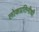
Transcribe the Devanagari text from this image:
लोकप्रतिनीधी